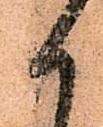
か